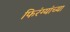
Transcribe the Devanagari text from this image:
फिरंग्यांच्या